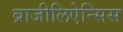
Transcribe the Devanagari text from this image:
ब्राजीलिऐन्सिस